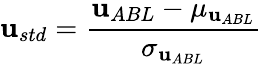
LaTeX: \mathbf{u}_{std}=\frac{{\mathbf{u}_{ABL}-\mu_{\mathbf{u}_{ABL}}}}{{\sigma_{\mathbf{u}_{ABL}}}}